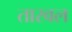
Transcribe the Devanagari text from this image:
तारवल